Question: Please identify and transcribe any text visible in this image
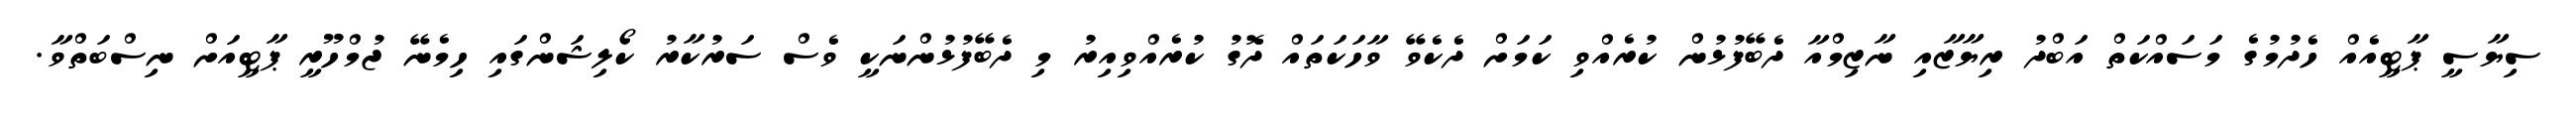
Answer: ސިޔާސީ ޕާޓީއެއް ހެދުމުގެ މަސައްކަތް އަބްދު ރިޔާޒާއި ނާޒިމްއާ ދެބޭފުޅުން ކުރެއްވި ކަމަށް ދެކެވޭ ވާހަކަތައް ދޮގު ކުރެއްވިއިރު މި ދެބޭފުޅުންނަކީ ވެސް ސަރުކާރު ކޯލިޝަންގައި ހިމެނޭ ޖުމްހޫރީ ޕާޓީއަށް ނިސްބަތްވާ.